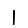
Digit: 1